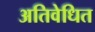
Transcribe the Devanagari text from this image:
अतिवेधित